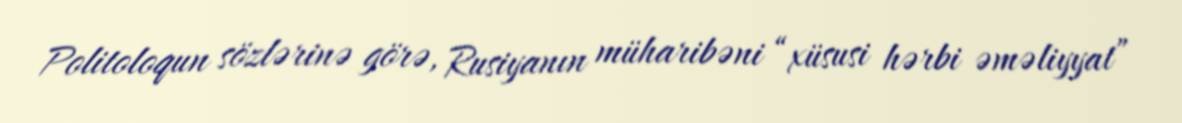
Politoloqun sözlərinə görə, Rusiyanın müharibəni “xüsusi hərbi əməliyyat”